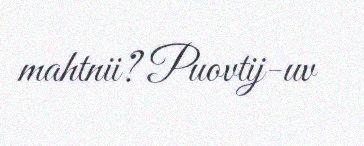
mahtnii? Puovtij-uv